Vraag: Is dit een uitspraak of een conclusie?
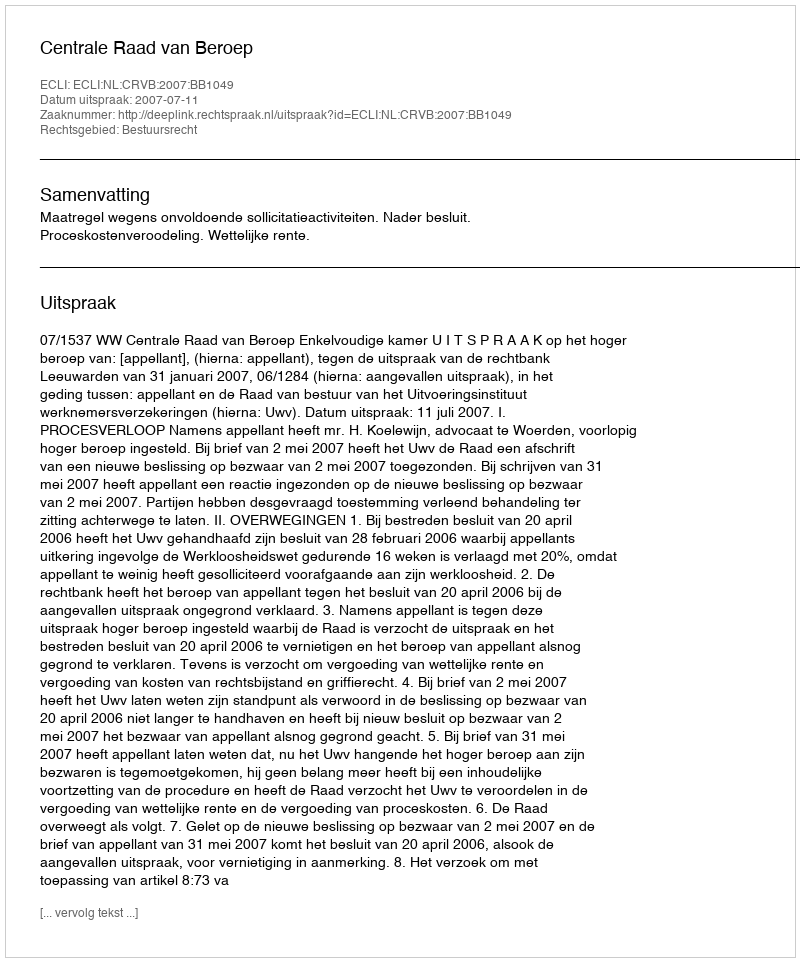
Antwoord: Uitspraak